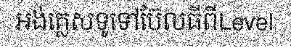
អង់គ្លេសទូទៅប៊ែលធីពីLevel